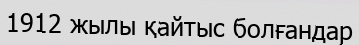
1912 жылы қайтыс болғандар